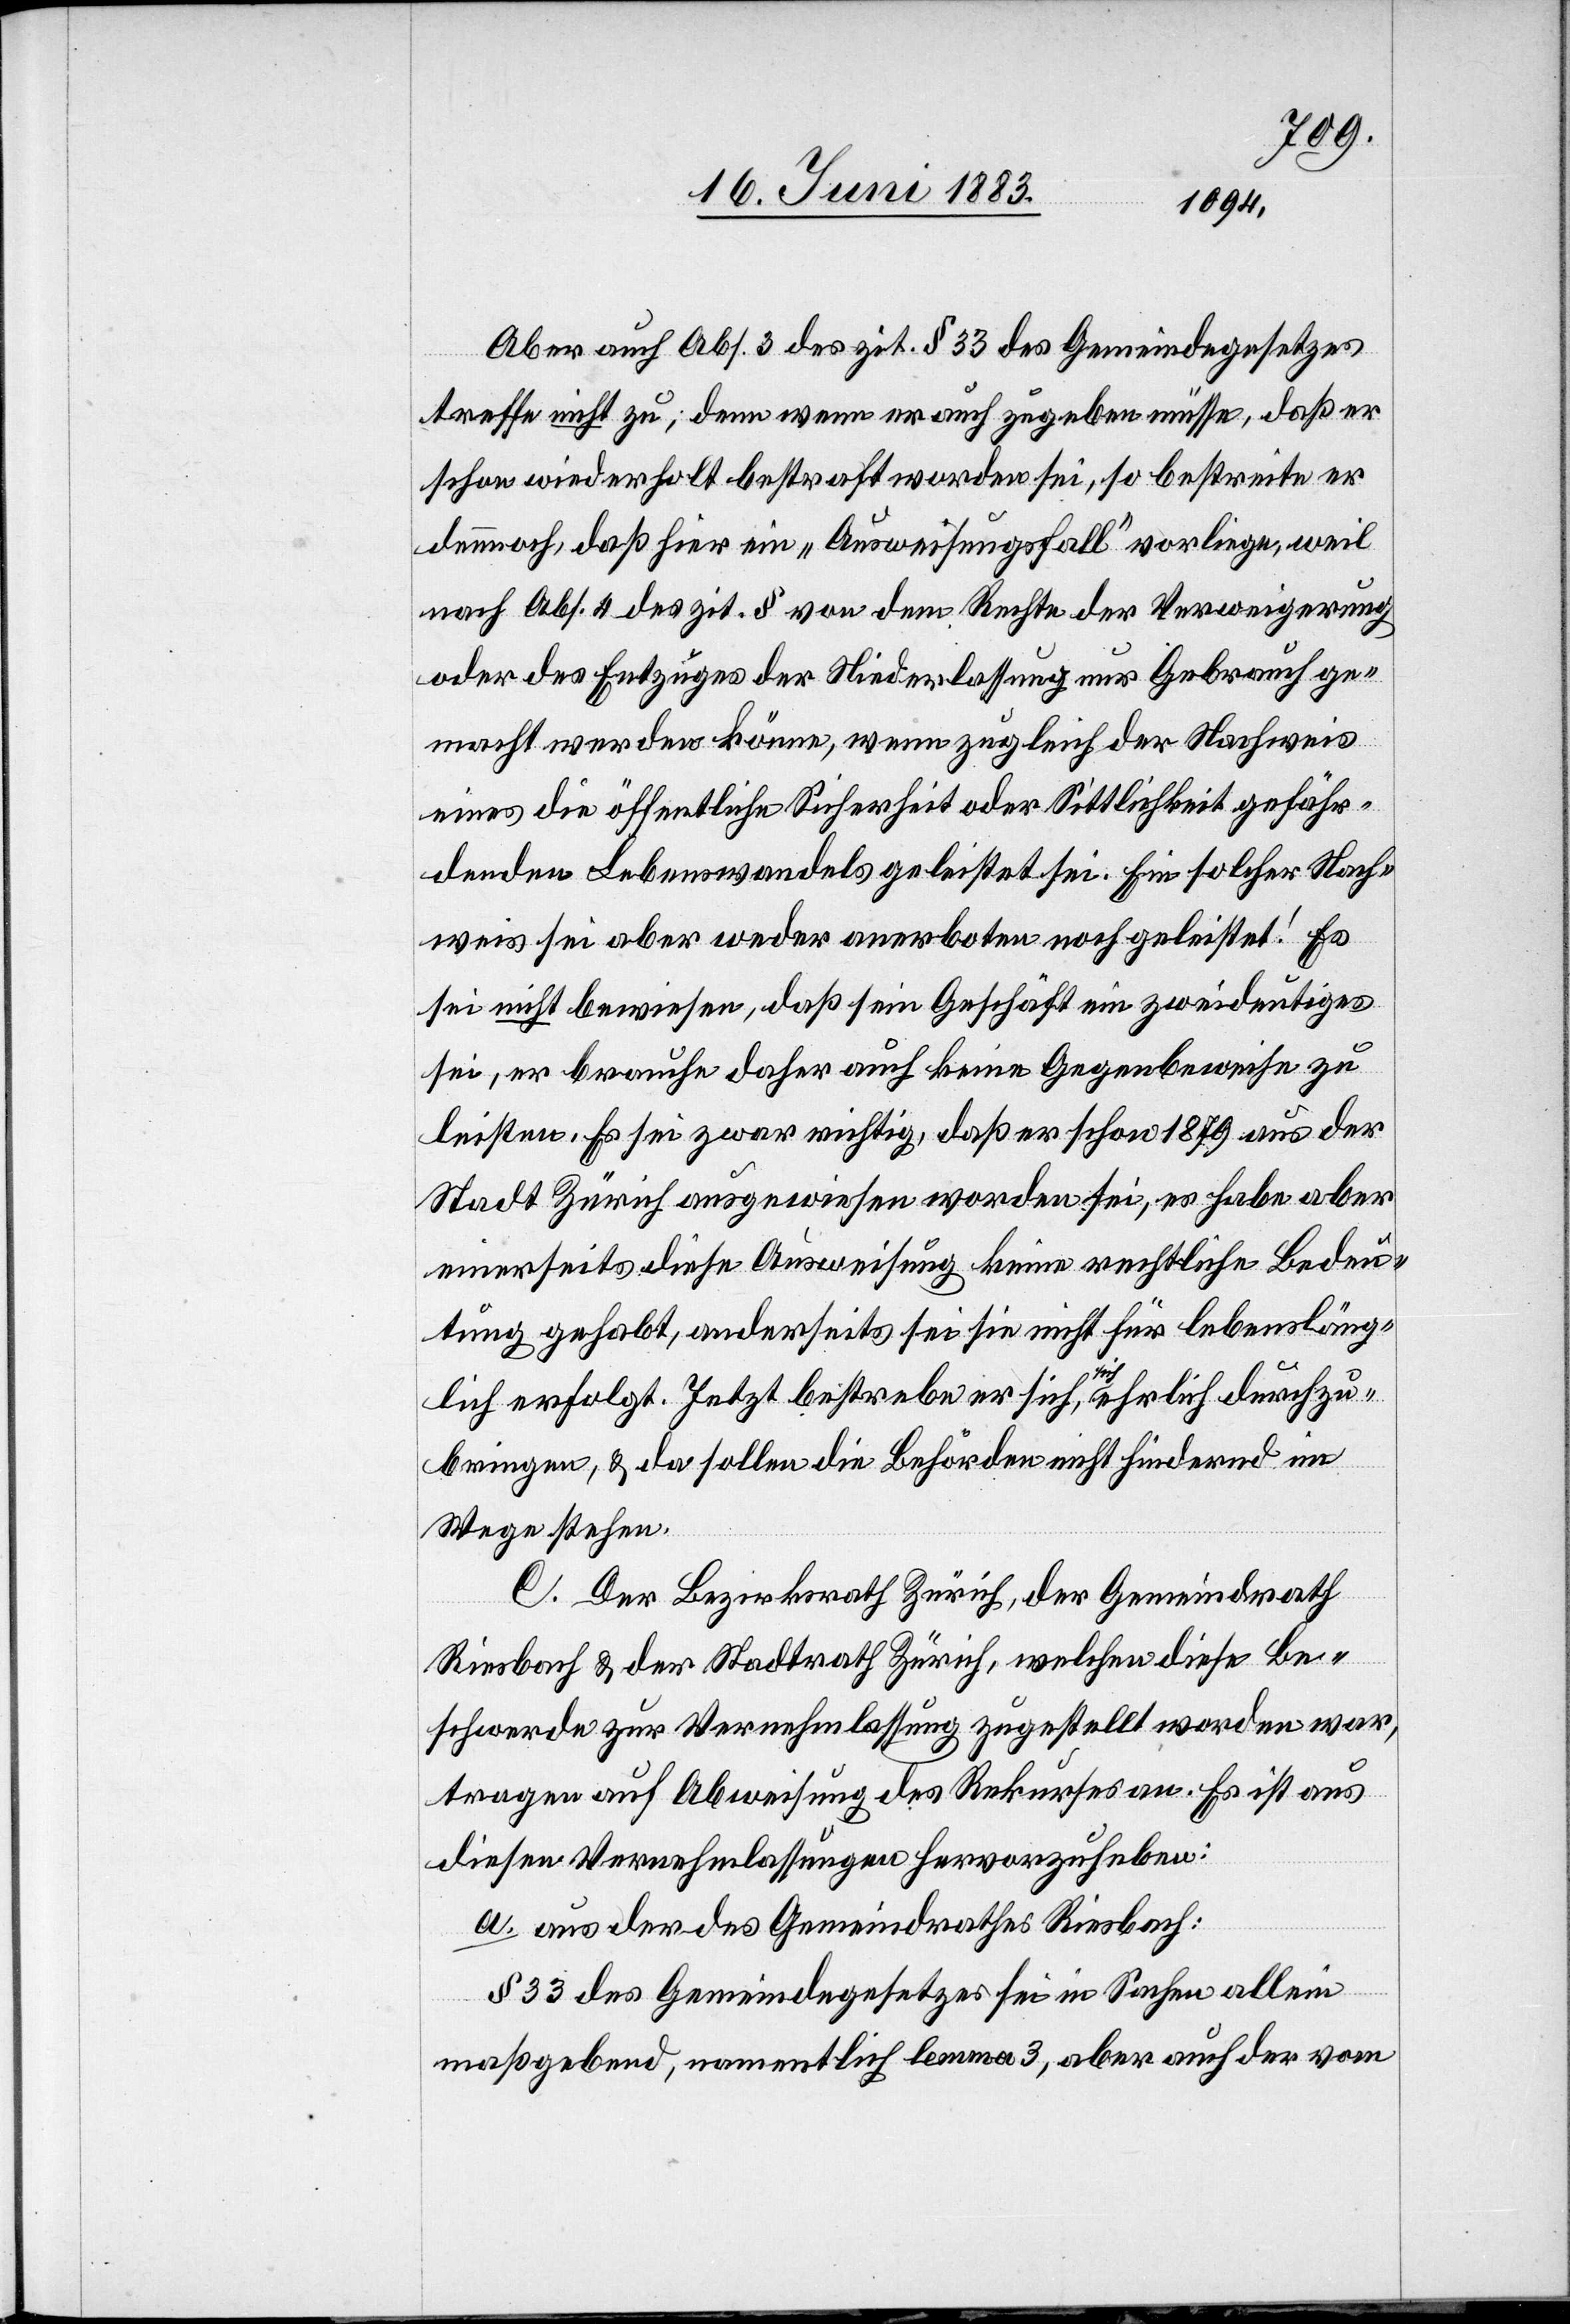
durchz¬
Aber auch Abs. 3 des zit. § 33 des Gemeindegesetzes
treffe nicht zu; denn wenn er auch zugeben müsse, daß er
schon wiederholt bestraft worden sei, so bestreite er
dennoch, daß hier ein „Ausweisungsfall“ vorliege, weil
nach Abs. 4 des zit. § von dem Rechte der Verweigerung
oder des Entzuges der Niederlassung nur Gebrauch ge¬
macht werden könne, wenn zugleich der Nachweis
eines die öffentliche Sicherheit oder Sittlichkeit gefähr¬
denden Lebenswandels geleistet sei. Ein solcher Nach¬
weis sei aber weder anerboten noch geleistet! Es
sei nicht bewiesen, daß sein Geschäft ein zweideutiges
sei, er brauche daher auch keine Gegenbeweise zu
leisten. Es sei zwar richtig, das er schon 1879 aus der
Stadt Zürich ausgewiesen worden sei, es habe aber
einerseits diese Ausweisung keine rechtliche Bedeu¬
tung gehabt, anderseits sei sie nicht für lebensläng¬
lich erfolgt. Jetzt bestrebe er sich a–sich-a [sic!]
ubringen, & da sollen die Behörden nicht hindernd im
Wege stehen.
C. Der Bezirksrath Zürich, der Gemeindrath
Riesbach & der Stadtrath Zürich, welchen diese Be¬
schwerde zur Vernehmlassung zugestellt worden war,
tragen auf Abweisung des Rekurses an. Es ist aus
diesen Vernehmlassungen hervorzuheben:
a. aus der des Gemeindrathes Riesbach:
§ 33 des Gemeindegesetzes sei in Sachen allein
maßgebend, namentlich lemma 3, aber auch der vom